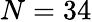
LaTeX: N=34